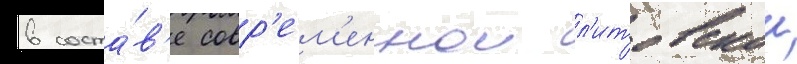
в соста́в'е совр'ем'еннои л'итовскои